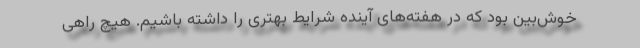
خوش‌بین بود که در هفته‌های آینده شرایط بهتری را داشته باشیم. هیچ راهی